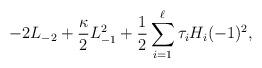
LaTeX: \begin{align*}-2L_{-2}+\frac{\kappa}{2}L_{-1}^{2}+\frac{1}{2}\sum_{i=1}^{\ell}\tau_{i}H_{i}(-1)^{2},\end{align*}